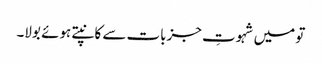
تو میں شہوتِ جزبات سے کانپتے ہوئے بولا۔